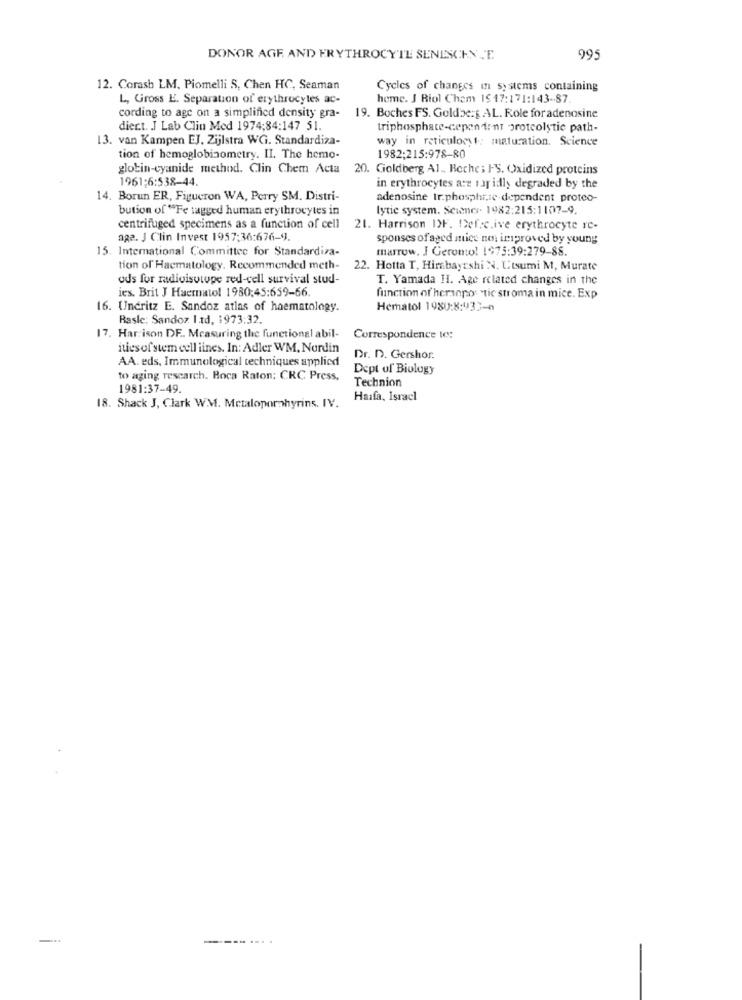
DONOR AGF AND ERYTHROCYTE SENESCENCE.
995
12. Corash LM, Piomelli S, Chen HC, Seaman
Cycles of changes in systems containing
L, Gross E. Separation of erythrocytes ac-
home. J Riol Chem 15 17:171:143-87
cording to age on a simplified density gra-
19. Boches FS. Goldberg AL. Role for adenosine
diect. J Lab Clin Med 1974;84:147 51.
triphosphate-cepen ir-nt protcolstie path-
13. van Kampen EJ. Zijlstra WG. Standardiza-
way in reticulocyt: maturation. Science
tion of hemoglobinometry. II. The hemo-
1982;215:978-80
globin-cyanide method. Clin Chem Acta 20. Goldberg Al. Beche; FS. Oxidized proteins
1961;6:538-44.
in erythrocytes atz rapidly degraded by the
14. Borun ER, Figucron WA, Perry SM. Distri-
adenosine tr.phosphr,ie-dependent proteo-
bution of "Fe tagged human erythrocytes in
lytic system. Seiner. 1982:215:1107-9.
centrifuged specimens as a function of cell 21. Harrison I>F. Dof.c.ive erythrocyte re-
age. J Clin Invest 1957:36:676-9
spouses of aged mice ne improved by young
15. International Committee for Standardiza-
marrow. J Geronto! 1975:39:279-88.
tion of Hacmatology. Recommended meth- 22. Hotta T, Hirebayashi N. L''tsumi M, Murate
ods for radioisoupe red-cell survival stud-
T. Yamada HI. Age related changes in the
ies. Brit J Haematol 1980:45:659-66.
function of heranpos tic stroma in mice. Exp
16. Undritz E. Sandoz atlas of haematology.
Hematol 1980:8:433-0
Rasle: Sandoz Itd. 1973:32.
17. Harrison DF .. Measuring the functional abil-
Correspondence to:
ities of stem cell lines. In: Adler WM, Nordin
AA. eds, Immunological techniques applied
Dr. D. Gershor.
Dept of Biology
to aging research. Boca Raton; CRC Press.
Technion
1981:37-49
Haifa, Isracl
18. Shack J, Clark WM. Metaloporphyrins. IV.
-.
----. ....